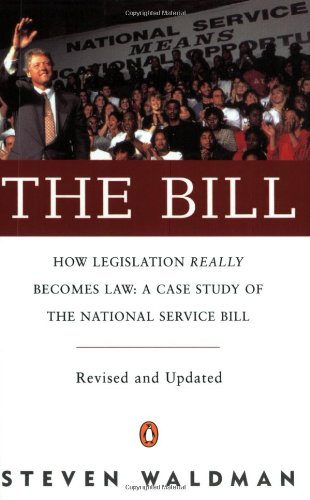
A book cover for The Bill : How Legislation Really Becomes Law: A Case Study of the National Service Bill; Steven Waldman; Education & Teaching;